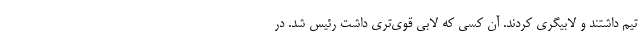
تیم داشتند و لابیگری کردند. آن کسی که لابی قوی‌تری داشت رئیس شد. در